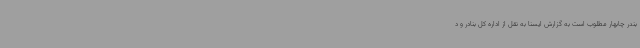
بندر چابهار مطلوب است به گزارش ایسنا به نقل از اداره کل بنادر و د